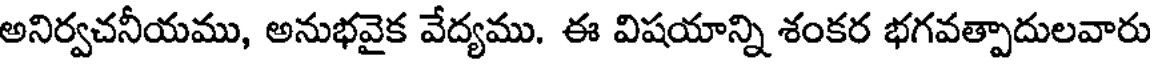
అనిర్వచనీయము, అనుభవైక వేద్యము. ఈ విషయాన్ని శంకర భగవత్పాదులవారు